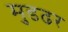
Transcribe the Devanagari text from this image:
मुडढर